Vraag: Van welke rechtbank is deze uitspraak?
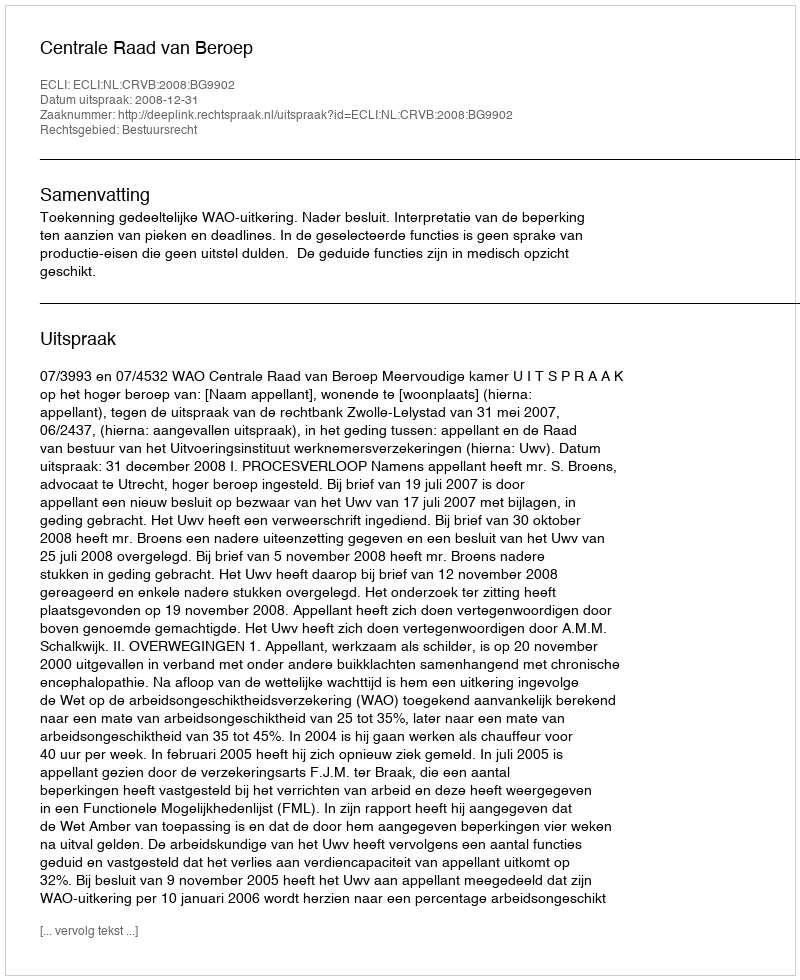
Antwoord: Centrale Raad van Beroep